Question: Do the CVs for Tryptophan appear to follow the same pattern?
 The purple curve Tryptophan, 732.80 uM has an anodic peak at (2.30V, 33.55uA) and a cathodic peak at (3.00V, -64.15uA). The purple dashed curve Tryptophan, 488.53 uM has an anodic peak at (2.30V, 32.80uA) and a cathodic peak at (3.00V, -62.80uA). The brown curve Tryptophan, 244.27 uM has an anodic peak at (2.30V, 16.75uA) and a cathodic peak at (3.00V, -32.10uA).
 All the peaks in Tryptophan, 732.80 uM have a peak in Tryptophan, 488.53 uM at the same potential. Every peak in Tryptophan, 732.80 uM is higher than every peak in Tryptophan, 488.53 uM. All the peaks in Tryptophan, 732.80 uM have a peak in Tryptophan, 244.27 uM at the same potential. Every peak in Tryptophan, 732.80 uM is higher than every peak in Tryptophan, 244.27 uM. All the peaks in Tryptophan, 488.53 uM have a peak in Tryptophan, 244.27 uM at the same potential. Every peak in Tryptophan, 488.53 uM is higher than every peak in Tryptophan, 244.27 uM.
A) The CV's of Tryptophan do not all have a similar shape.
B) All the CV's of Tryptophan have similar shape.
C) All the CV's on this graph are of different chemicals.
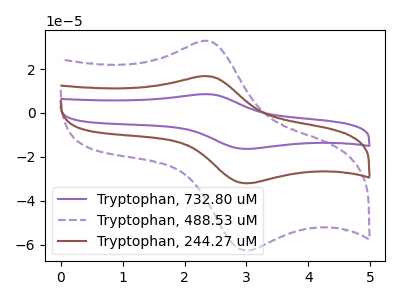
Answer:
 <answer>B) All the CV's of "Tryptophan" have similar shape.</answer>
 <eval>B</eval>